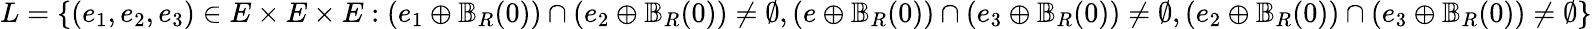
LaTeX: L=\{ (e_{1},e_{2},e_{3})\in E\times E\times E:(e_{1}\oplus\mathbb{B}_{R}(0))\cap(e_{2}\oplus\mathbb{B}_{R}(0))\neq\emptyset,(e\oplus\mathbb{B}_{R}(0))\cap(e_{3}\oplus\mathbb{B}_{R}(0))\neq\emptyset,(e_{2}\oplus\mathbb{B}_{R}(0))\cap(e_{3}\oplus\mathbb{B}_{R}(0))\neq\emptyset\}